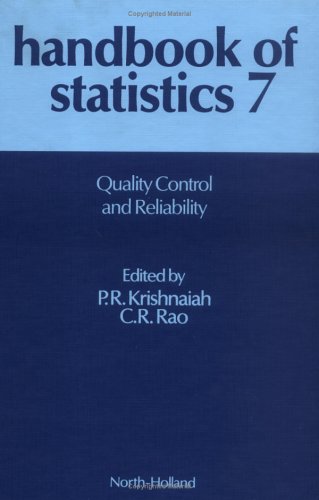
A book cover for Quality Control and Reliability, Volume 7 (Handbook of Statistics) (Vol 7); P. R. Krishnaiah; Engineering & Transportation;